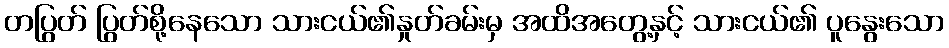
တပြွတ် ပြွတ်စို့နေသော သားငယ်၏နှုတ်ခမ်းမှ အထိအတွေ့နှင့် သားငယ်၏ ပူနွေးသော